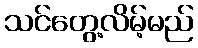
သင်တွေ့လိမ့်မည်